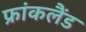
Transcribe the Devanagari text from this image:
फ्रांकलैंड